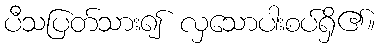
ပီသပြတ်သား၍ လှသောပါးစပ်ရှိ၏။